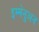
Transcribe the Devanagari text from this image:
इम्मेनुअन